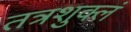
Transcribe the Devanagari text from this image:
तत्रशुक्लं